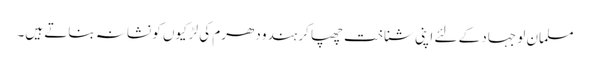
مسلمان لو جہاد کے لئے اپنی شناخت چھپا کر ہندو دھرم کی لڑکیوں کو نشانہ بناتے ہیں۔